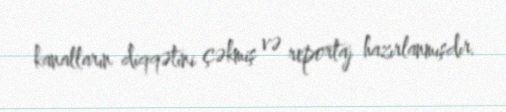
kanalların diqqətini çəkmiş və reportaj hazırlanmışdır.